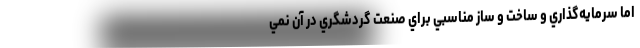
اما سرمايه‌گذاري و ساخت و ساز مناسبي براي صنعت گردشگري در آن نمي‌